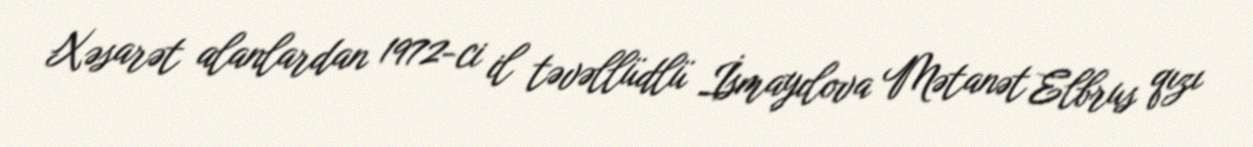
Xəsarət alanlardan 1972-ci il təvəllüdlü İsmayılova Mətanət Elbrus qızı